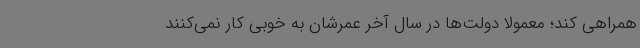
همراهی کند؛ معمولا دولت‌ها در سال آخر عمرشان به خوبی کار نمی‌کنند